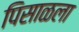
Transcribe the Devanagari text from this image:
पिसाळला